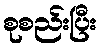
စုစည်းပြီး